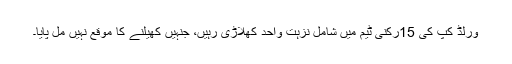
ورلڈ کپ کی 15رکنی ٹیم میں شامل نزہت واحد کھلاڑی رہیں، جنہیں کھیلنے کا موقع نہیں مل پایا۔